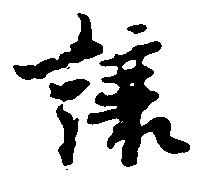
譲